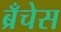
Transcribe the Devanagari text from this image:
ब्रँचेस